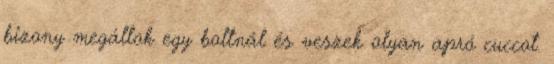
bizony megállok egy boltnál és veszek olyan apró cuccot.